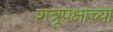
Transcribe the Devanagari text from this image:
शत्रूपक्षाच्या